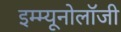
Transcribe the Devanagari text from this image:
इम्म्यूनोलॉजी